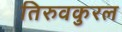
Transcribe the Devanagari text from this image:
तिरुवकुरल